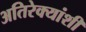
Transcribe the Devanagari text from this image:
अतिरेक्यांशी